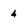
Character: 4